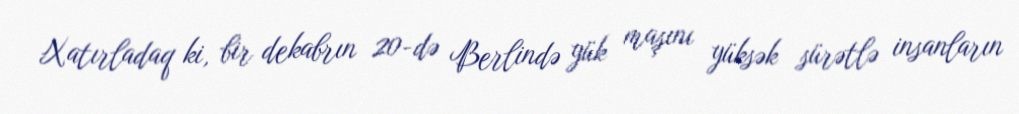
Xatırladaq ki, bir dekabrın 20-də Berlində yük maşını yüksək sürətlə insanların